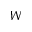
W